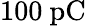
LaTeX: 100\ \mathrm{pC}